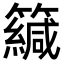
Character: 𥶳